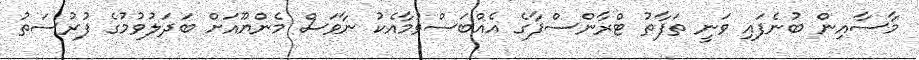
މާސާއިން ބުނެފައި ވަނީ ތަފާތު ޓްރާންސްފާގެ އެއްބަސްވުމާއެކު ނާވަސް މެންޔޫއަށް ބަދަލުވުމުގެ ފުރުސަތު